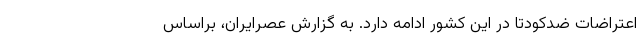
اعتراضات ضدکودتا در این کشور ادامه دارد. به گزارش عصرایران، براساس